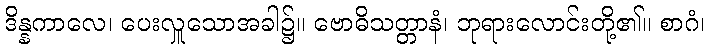
ဒိန္နကာလေ၊ ပေးလှူသောအခါ၌။ ဗောဓိသတ္တာနံ၊ ဘုရားလောင်းတို့၏။ စာဂံ၊